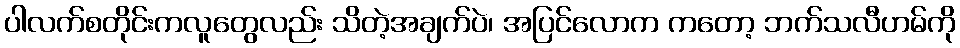
ပါလက်စတိုင်းကလူတွေလည်း သိတဲ့အချက်ပဲ၊ အပြင်လောက ကတော့ ဘက်သလီဟမ်ကို